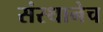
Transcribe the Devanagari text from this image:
संस्थानेच